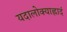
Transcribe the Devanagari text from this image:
यदालोक्याह्लादं